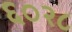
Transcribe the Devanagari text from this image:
६०२८